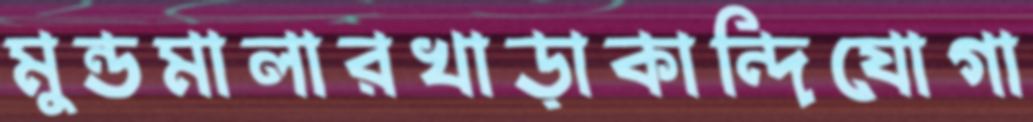
মুন্ডমালারখাড়াকান্দিযোগা